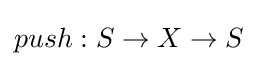
push:S\to X\to S